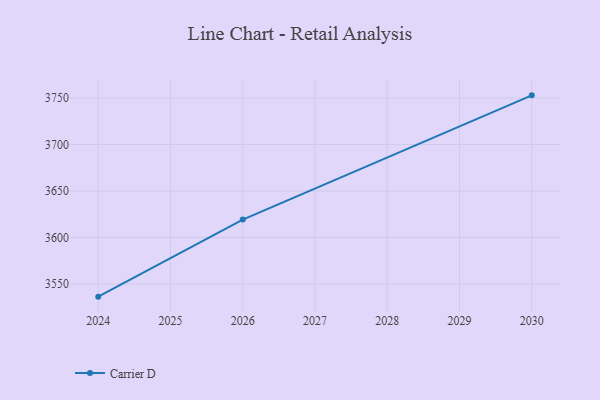
{"axis": {"x": "Year", "y": "Backlog"}, "legend": ["Carrier D"], "data": [{"x": "2024", "y": 3536.4, "type": "Carrier D"}, {"x": "2026", "y": 3619.3, "type": "Carrier D"}, {"x": "2030", "y": 3752.9, "type": "Carrier D"}]}